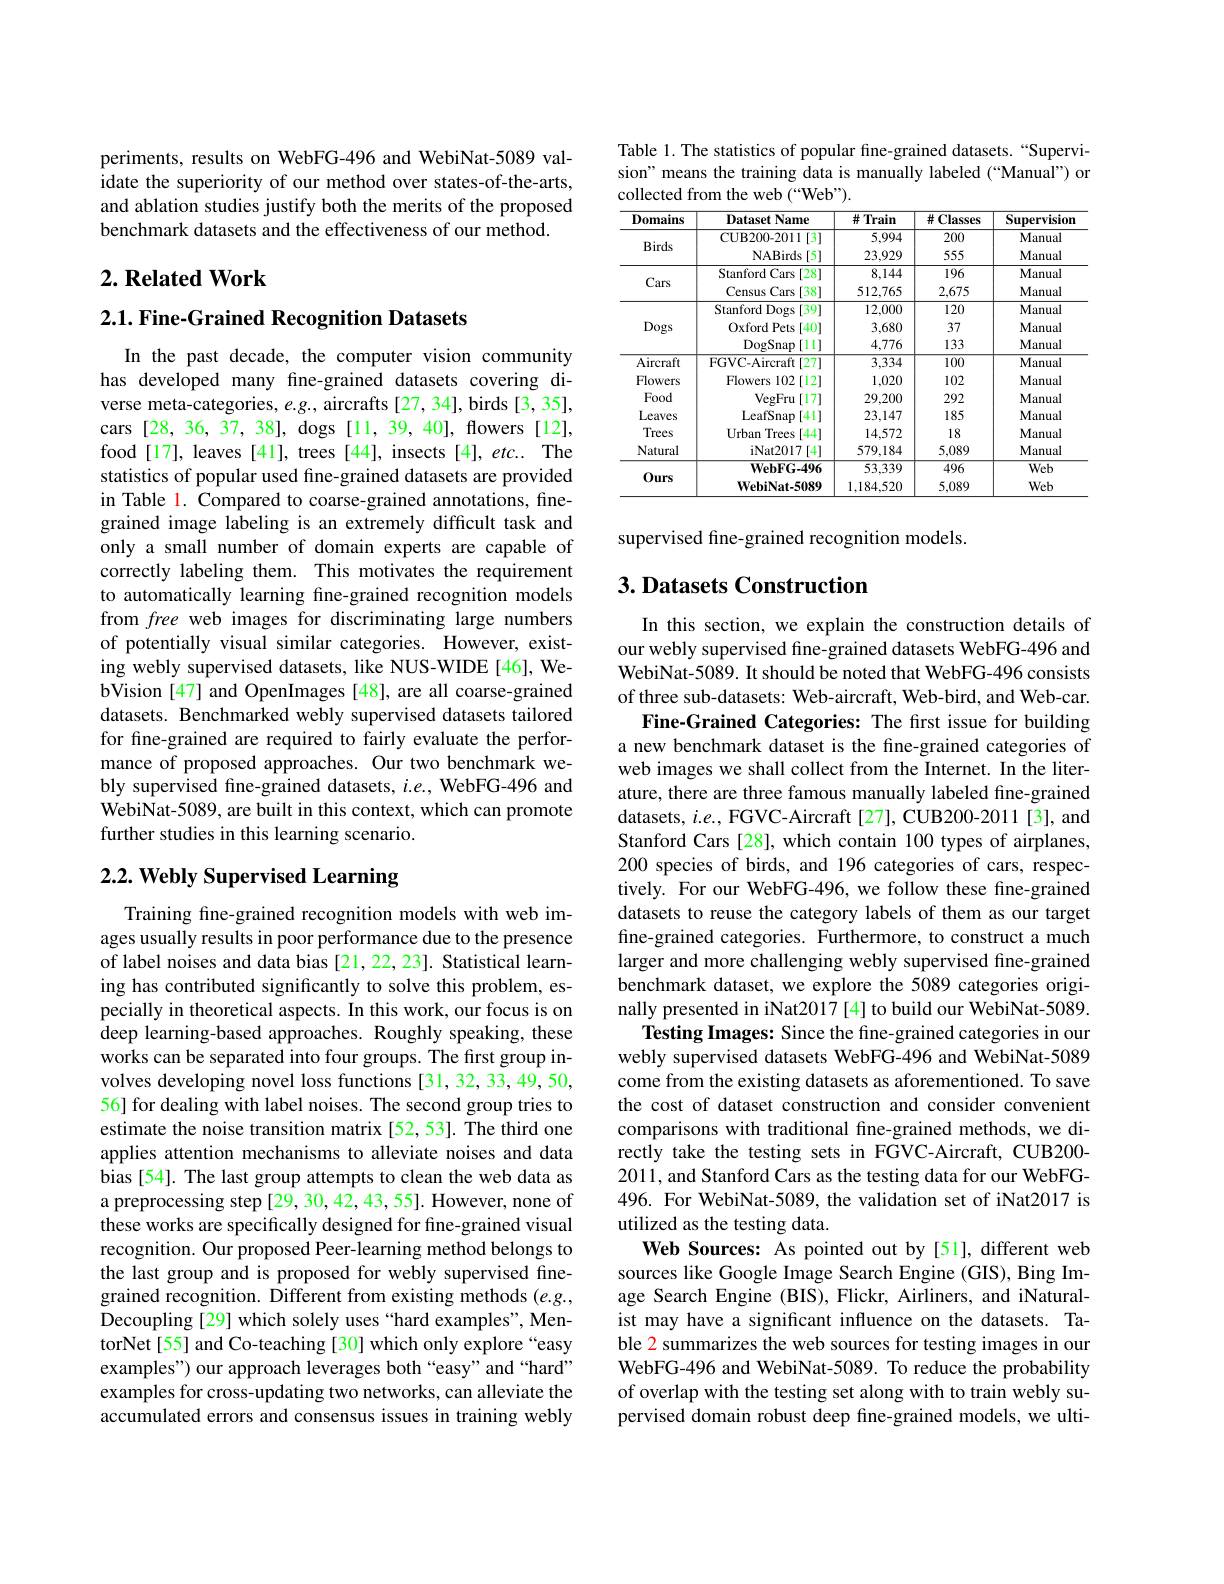
periments, results on WebFG-496 and WebiNat-5089 validate the superiority of our method over states-of-the-arts, and ablation studies justify both the merits of the proposed benchmark datasets and the effectiveness of our method.

## $2. \textbf{ Related Work}$

### 2.1. Fine-Grained Recognition Datasets

In the past decade, the computer vision community has developed many fine-grained datasets covering diverse meta-categories, $e.g.$, aircrafts[27,34], birds[3,35], cars [28,36, 37, 38], dogs [11, 39, 40], flowers [12], food[17], leaves [41], trees [44], insects [4], etc.. The statistics of popular used fine-grained datasets are provided in Table 1. Compared to coarse-grained annotations, finegrained image labeling is an extremely difficult task and only a small number of domain experts are capable of correctly labeling them. This motivates the requirement to automatically learning fne-grained recognition models from free web images for discriminating large numbers of potentially visual similar categories. However, existing webly supervised datasets, like NUS-WIDE[46], WebVision [47] and OpenImages [48], are all coarse-grained datasets. Benchmarked webly supervised datasets tailored for fine-grained are required to fairly evaluate the performance of proposed approaches. Our two benchmark webly supervised fne-grained datasets, $i.e.$, WebFG-496 and WebiNat-5089, are built in this context, which can promote further studies in this learning scenario.

# 2.2. Webly Supervised Learning

Training fine-grained recognition models with web images usually results in poor performance due to the presence of label noises and data bias [21,22,23]. Statistical learning has contributed significantly to solve this problem, especially in theoretical aspects. In this work, our focus is on deep learning-based approaches. Roughly speaking, these works can be separated into four groups. The first group involves developing novel loss functions [31,32,33,49,50, 56] for dealing with label noises. The second group tries to estimate the noise transition matrix [52,53]. The third one applies attention mechanisms to alleviate noises and data bias [54]. The last group attempts to clean the web data as a preprocessing step[29,30,42,43,55]. However, none of these works are specifically designed for fine-grained visual recognition. Our proposed Peer-learning method belongs to the last group and is proposed for webly supervised finegrained recognition. Different from existing methods $(e.g.$, Decoupling [29] which solely uses “hard examples”, MentorNet[55] and Co-teaching [30] which only explore “easy examples") our approach leverages both“easy”and“hard” examples for cross-updating two networks, can alleviate the accumulated errors and consensus issues in training webly

Table 1. The statistics of popular fine-grained datasets.“Supervision" means the training data is manually labeled (“Manual”) or collected from the web (“Web”).

<table>
	<tbody>
		<tr>
			<th>Domains</th>
			<th>Dataset Name</th>
			<th>$\#$Train</th>
			<th>#Classes</th>
			<th>Supervision</th>
		</tr>
		<tr>
			<td rowspan="2">Birds</td>
			<td>CUB200- 2011[3]</td>
			<td>5,994</td>
			<td>200</td>
			<td>Manual</td>
		</tr>
		<tr>
			<td>NABirds [5]</td>
			<td>23,929</td>
			<td>555</td>
			<td>Manual</td>
		</tr>
		<tr>
			<td rowspan="2">Cars</td>
			<td>Stanford Cars $s[28]$</td>
			<td>8,144</td>
			<td>196</td>
			<td>Manual</td>
		</tr>
		<tr>
			<td>Census Cars [38]</td>
			<td>512,765</td>
			<td>2,675</td>
			<td>Manual</td>
		</tr>
		<tr>
			<td rowspan="3">Dogs</td>
			<td>Stanford Dogs [39] 11</td>
			<td>12,000</td>
			<td>120</td>
			<td>Manual</td>
		</tr>
		<tr>
			<td>Oxford Pets [40]</td>
			<td>3,680</td>
			<td>37</td>
			<td>Manual</td>
		</tr>
		<tr>
			<td>DogSnap [11] 1 11</td>
			<td>4,776</td>
			<td>133</td>
			<td>Manual</td>
		</tr>
		<tr>
			<td>Aircraft</td>
			<td>FGVC-Aircraft[27]</td>
			<td>3,334</td>
			<td>$\overline{100}$</td>
			<td>Manual</td>
		</tr>
		<tr>
			<td>Flowers</td>
			<td>Flowers 102[12]</td>
			<td>1,020</td>
			<td>102</td>
			<td>Manual</td>
		</tr>
		<tr>
			<td>Food</td>
			<td>VegFru 1[17]</td>
			<td>29,200</td>
			<td>292</td>
			<td>Manual</td>
		</tr>
		<tr>
			<td>Leaves</td>
			<td>LeafSnap [41]</td>
			<td>23,147</td>
			<td>185</td>
			<td>Manual</td>
		</tr>
		<tr>
			<td>Trees</td>
			<td>$\mathbf{Urban}$ Trees [44] 1</td>
			<td>14.572</td>
			<td>18</td>
			<td>Manual</td>
		</tr>
		<tr>
			<td>Natural</td>
			<td>iNat2017 141</td>
			<td>579,184</td>
			<td>5,089</td>
			<td>Manual</td>
		</tr>
		<tr>
			<td rowspan="2">$0urs$</td>
			<td>$\mathbf{WebFG-496}$</td>
			<td>53,339</td>
			<td>496</td>
			<td>Web</td>
		</tr>
		<tr>
			<td>WebiNat-5089</td>
			<td>1.184.520</td>
			<td>5,089</td>
			<td>Web</td>
		</tr>
	</tbody>
</table>

supervised fine-grained recognition models.

## $3. \textbf{ Datasets Construction}$

In this section, we explain the construction details of our webly supervised fine-grained datasets WebFG-496 and WebiNat-5089. It should be noted that WebFG-496 consists of three sub-datasets: Web-aircraft, Web-bird, and Web-car.
Fine-Grained Categories: The first issue for building a new benchmark dataset is the fine-grained categories of web images we shall collect from the Internet. In the literature, there are three famous manually labeled fine-grained datasets, $i.e.$, FGVC-Aircraft[27], CUB200-2011[3], and Stanford Cars[28], which contain 100 types of airplanes, 200 species of birds, and 196 categories of cars, respectively. For our WebFG-496, we follow these fine-grained datasets to reuse the category labels of them as our target fine-grained categories. Furthermore, to construct a much larger and more challenging webly supervised fine-grained benchmark dataset, we explore the 5089 categories originally presented in iNat2017 [4] to build our WebiNat-5089.
Testing Images: Since the fine-grained categories in our webly supervised datasets WebFG-496 and WebiNat-5089 come from the existing datasets as aforementioned. To save the cost of dataset construction and consider convenient comparisons with traditional fine-grained methods, we directly take the testing sets in FGVC-Aircraft, CUB200- 2011, and Stanford Cars as the testing data for our WebFG- 496. For WebiNat-5089, the validation set of iNat2017 is utilized as the testing data.
Web Sources: As pointed out by[51], different web sources like Google Image Search Engine (GIS), Bing Image Search Engine (BIS), Flickr, Airliners, and iNaturalist may have a significant influence on the datasets. Table 2 summarizes the web sources for testing images in our WebFG-496 and WebiNat-5089. To reduce the probability of overlap with the testing set along with to train webly supervised domain robust deep fine-grained models, we ulti-